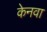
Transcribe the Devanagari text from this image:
केनवा